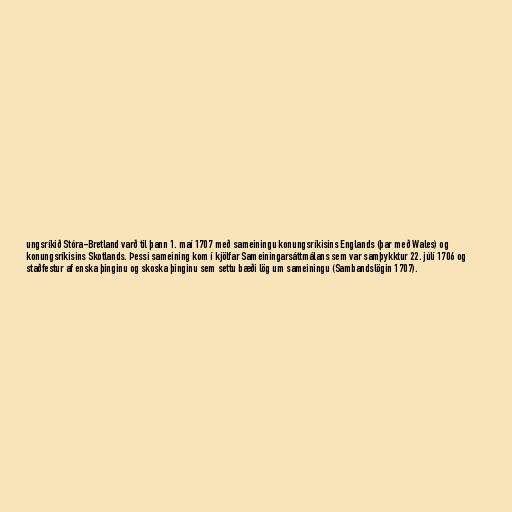
ungsríkið Stóra-Bretland varð til þann 1. maí 1707 með sameiningu konungsríkisins Englands (þar með Wales) og
konungsríkisins Skotlands. Þessi sameining kom í kjölfar Sameiningarsáttmálans sem var samþykktur 22. júlí 1706 og
staðfestur af enska þinginu og skoska þinginu sem settu bæði lög um sameiningu (Sambandslögin 1707).